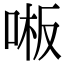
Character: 𫪒